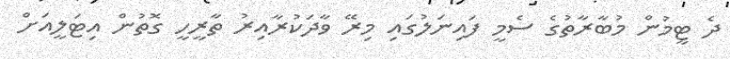
ދެ ޓީމުން މުބާރާތުގެ ސެމީ ފައިނަލުގައި މިރޭ ވާދަކުރާއިރު ތާރީހީ ގޮތުން އިޓަލީއަށް